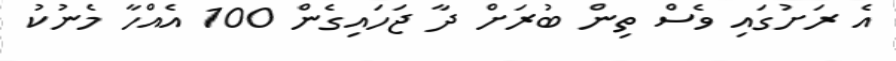
އެ ރަށުގައި ވެސް ތިން ބުރަށް ދާ ޖަހައިގެން 100 އެއްހާ މެނުކު